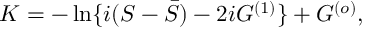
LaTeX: K = - \ln \{ i ( S - { \bar { S } } ) - 2 i G ^ { ( 1 ) } \} + G ^ { ( o ) } ,